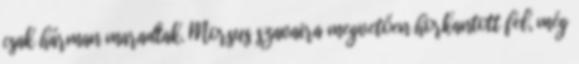
csak hárman maradtak. Morsus szavaira megvetően horkantott fel, még